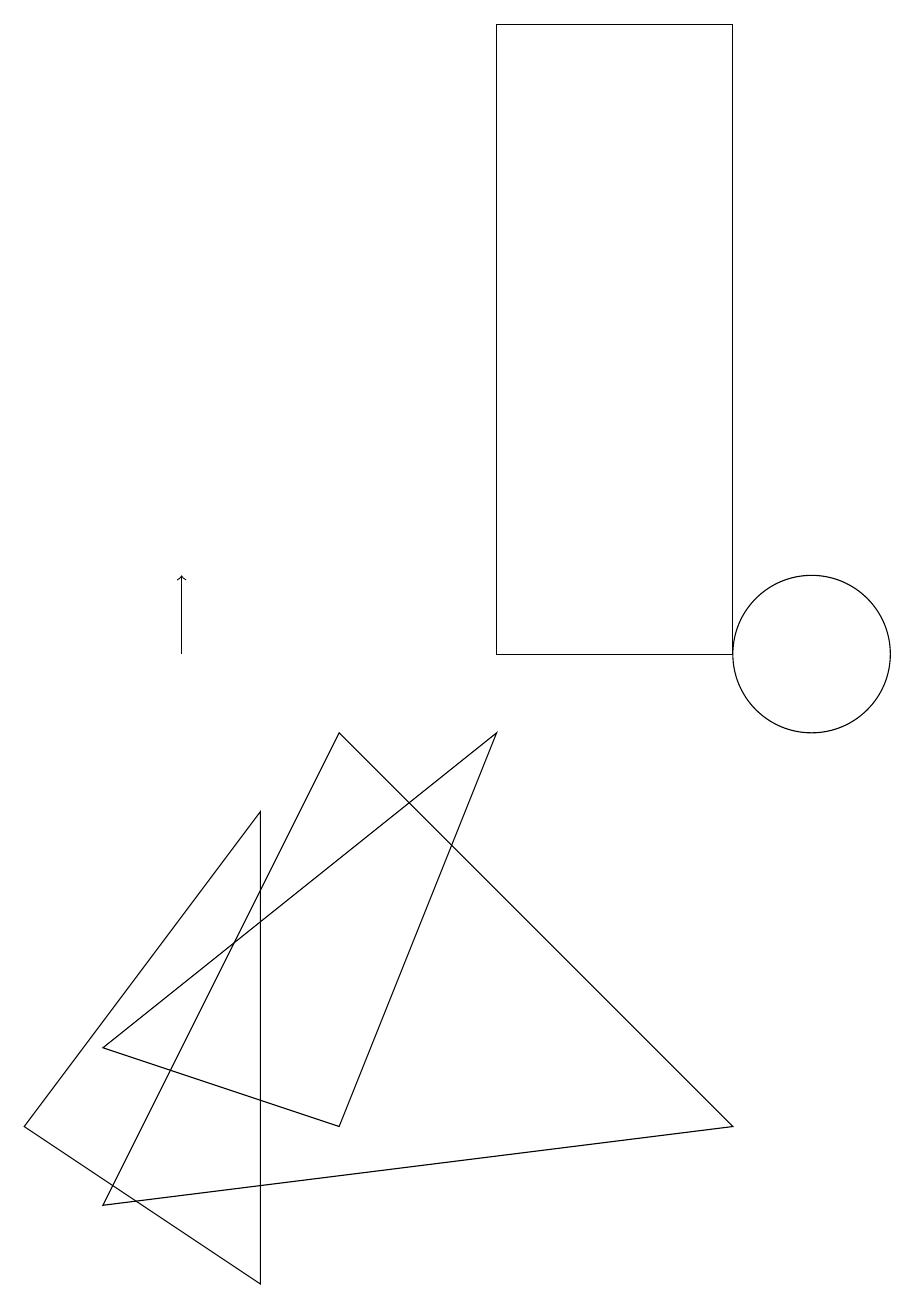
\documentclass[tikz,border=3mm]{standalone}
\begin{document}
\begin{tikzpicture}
\draw (10,10) circle (1);
\draw (1,5) -- (6,9) -- (4,4) -- cycle;
\draw[->] (2,10) -- (2,11);
\draw (1,3) -- (9,4) -- (4,9) -- cycle;
\draw (9,18) rectangle (6,10);
\draw (3,2) -- (3,8) -- (0,4) -- cycle;
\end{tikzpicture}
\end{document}